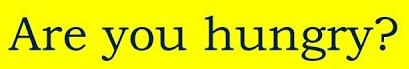
Are you hungry?